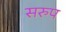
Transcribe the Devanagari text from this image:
सरुप